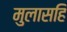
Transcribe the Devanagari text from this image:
मुलासहि